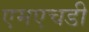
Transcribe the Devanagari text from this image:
एमएचडी